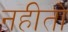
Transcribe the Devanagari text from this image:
नहीतो